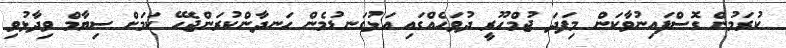
ކުރަމުން ގޮސްފައިނުވާކަން މިފަދަ ޖުމްހޫރީ ދުވަހެއްގައި އަޅުގަނޑުމެން ހަނދާންކުރަންޖެހޭ ކަމަށް ސިޔާމް ވިދާޅުވި